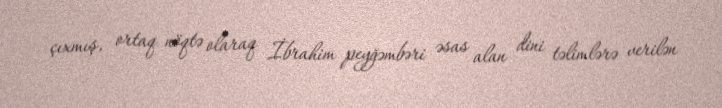
çıxmış, ortaq nöqtə olaraq İbrahim peyğəmbəri əsas alan dini təlimlərə verilən